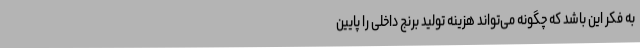
به فکر این باشد که چگونه می‌تواند هزینه تولید برنج داخلی را پایین